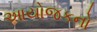
આયોજકનો